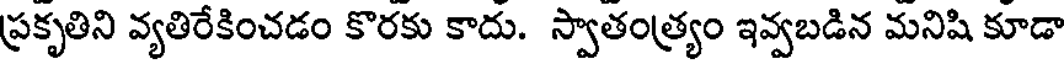
ప్రకృతిని వ్యతిరేకించడం కొరకు కాదు. స్వాతంత్ర్యం ఇవ్వబడిన మనిషి కూడా